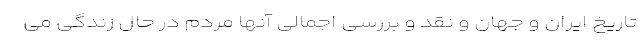
تاریخ ایران و جهان و نقد و بررسی اجمالی آنها مردم در حال زندگی می